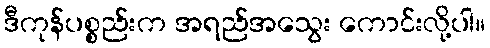
ဒီကုန်ပစ္စည်းက အရည်အသွေး ကောင်းလို့ပါ။